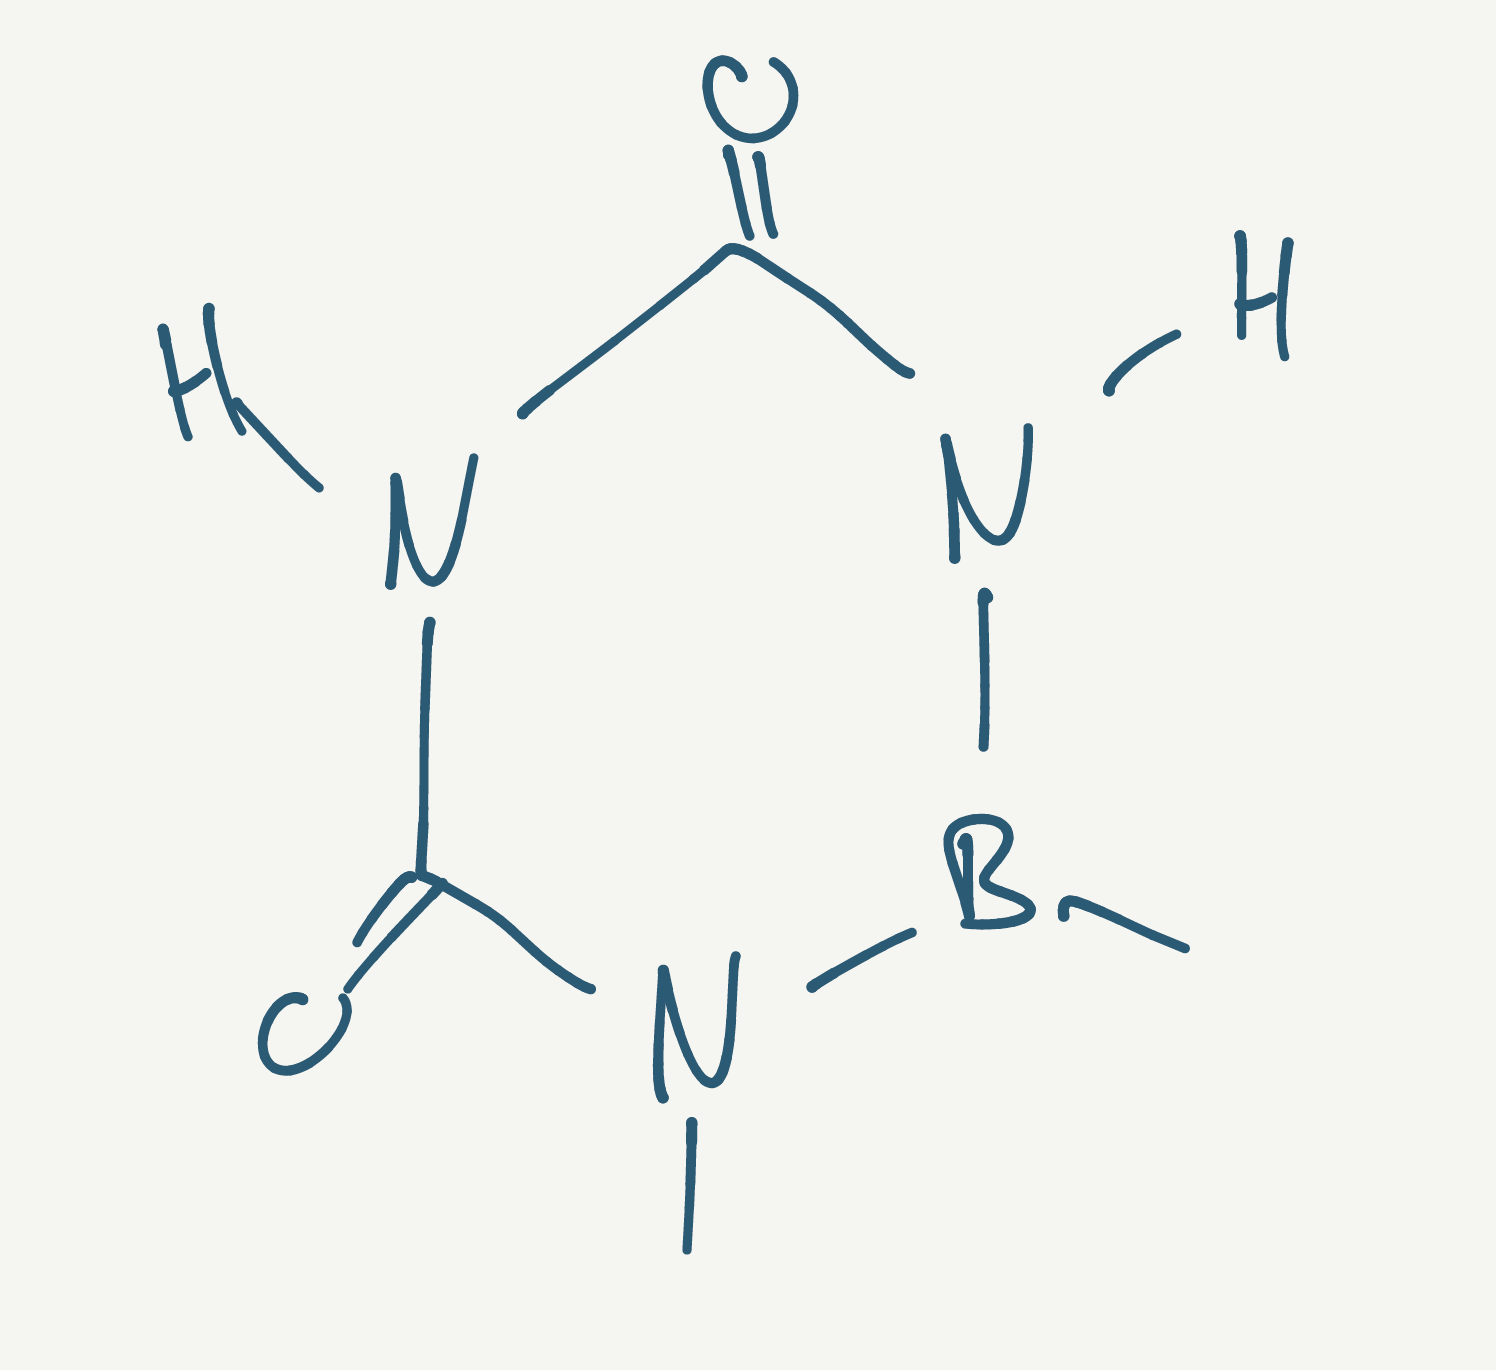
Simplified molecular-input line-entry system (SMILES) notation of the given molecule:
B1(NC(=O)NC(=O)N1C)C